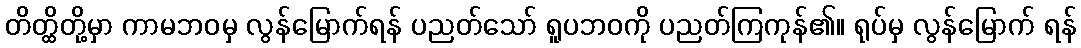
တိတ္ထိတို့မှာ ကာမဘဝမှ လွန်မြောက်ရန် ပညတ်သော် ရူပဘဝကို ပညတ်ကြကုန်၏။ ရုပ်မှ လွန်မြောက် ရန်